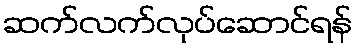
ဆက်လက်လုပ်ဆောင်ရန်